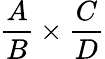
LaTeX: {\frac{A}{B}}\times{\frac{C}{D}}